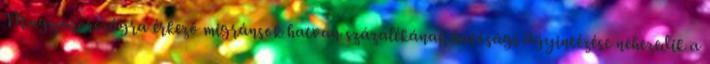
Magyarországra érkező migránsok hatvan százalékának hatósági ügyintézése nehezedik a